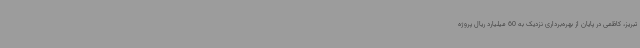
تبریز، کاظمی در پایان از بهره‌برداری نزدیک به 60 میلیارد ریال پروژه